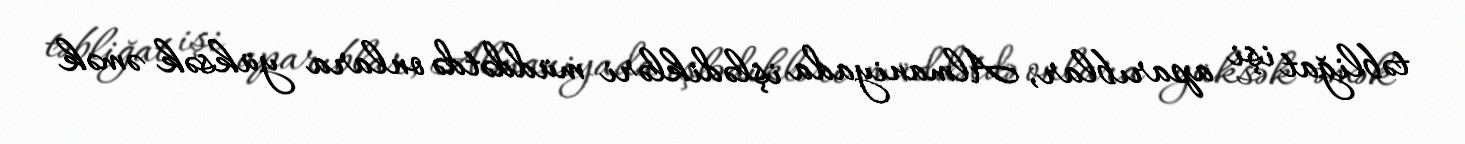
təbliğat işi aparıblar, Almaniyada işlədikləri müddətdə onlara yüksək əmək